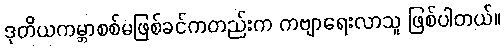
ဒုတိယကမ္ဘာစစ်မဖြစ်ခင်ကတည်းက ကဗျာရေးလာသူ ဖြစ်ပါတယ်။